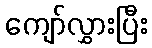
ကျော်လွှားပြီး